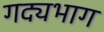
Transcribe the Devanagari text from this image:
गद्यभाग